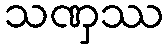
သဏှဿ